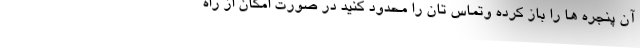
آن پنجره ها را باز کرده وتماس تان را محدود کنید در صورت امکان از راه